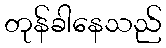
တုန်ခါနေသည်